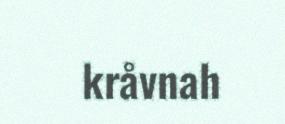
kråvnah